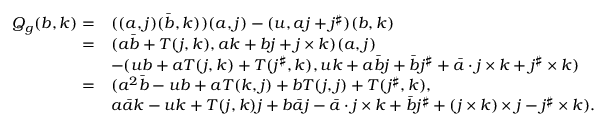
\begin{array} { r l } { Q _ { g } ( b , k ) = } & { ( ( a , j ) ( \bar { b } , k ) ) ( a , j ) - ( u , a j + j ^ { \sharp } ) ( b , k ) } \\ { = } & { ( a \bar { b } + T ( j , k ) , a k + b j + j \times k ) ( a , j ) } \\ & { - ( u b + a T ( j , k ) + T ( j ^ { \sharp } , k ) , u k + a \bar { b } j + \bar { b } j ^ { \sharp } + \bar { a } \cdot j \times k + j ^ { \sharp } \times k ) } \\ { = } & { ( a ^ { 2 } \bar { b } - u b + a T ( k , j ) + b T ( j , j ) + T ( j ^ { \sharp } , k ) , } \\ & { a \bar { a } k - u k + T ( j , k ) j + b \bar { a } j - \bar { a } \cdot j \times k + \bar { b } j ^ { \sharp } + ( j \times k ) \times j - j ^ { \sharp } \times k ) . } \end{array}